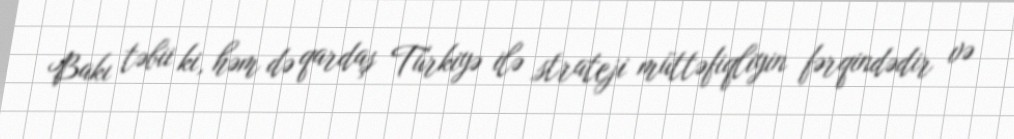
Bakı təbii ki, həm də qardaş Türkiyə ilə strateji müttəfiqliyin fərqindədir və